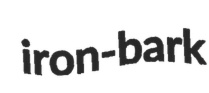
iron-bark